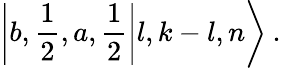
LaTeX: \left|\left.b,\frac{1}{2},a,\frac{1}{2}\right|l,k-l,n\right\rangle\: .